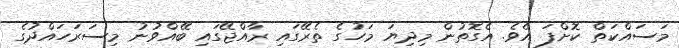
މަަސައްކަތް ކޮށްފަ އެވެ. އެގޮތުން މިދިޔަ މަހުގެ ތެރޭގައި ރާއްޖޭގައި ބޭއްވުނު މިސަރަހައްދުގެ